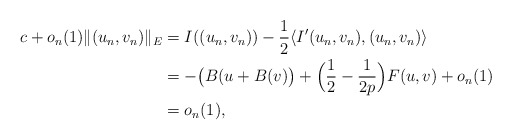
\begin{align*}c+o_{n}(1)\|(u_{n},v_{n})\|_{E}&=I((u_{n},v_{n}))-\frac{1}{2}\langle I'(u_{n},v_{n}),(u_{n},v_{n})\rangle\\&=-\big(B(u+B(v)\big)+\Big(\frac{1}{2}-\frac{1}{2p}\Big)F(u,v)+o_{n}(1)\\&=o_{n}(1),\end{align*}